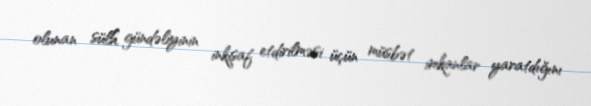
olunan sülh gündəliyinin inkişaf etdirilməsi üçün müsbət imkanlar yaratdığını